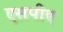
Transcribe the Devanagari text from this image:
एसपीए